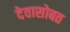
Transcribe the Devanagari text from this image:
देवासोबत